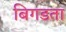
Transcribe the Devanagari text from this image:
बिगडता